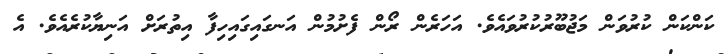
ކަންކަން ކުރުވަން މަޖުބޫރުކުރުވައެވެ. އަހަރެން ރޯން ފެށުމުން އަނގައިގައިހިފާ އިތުރަށް އަނިޔާކުރެއެވެ. އެ